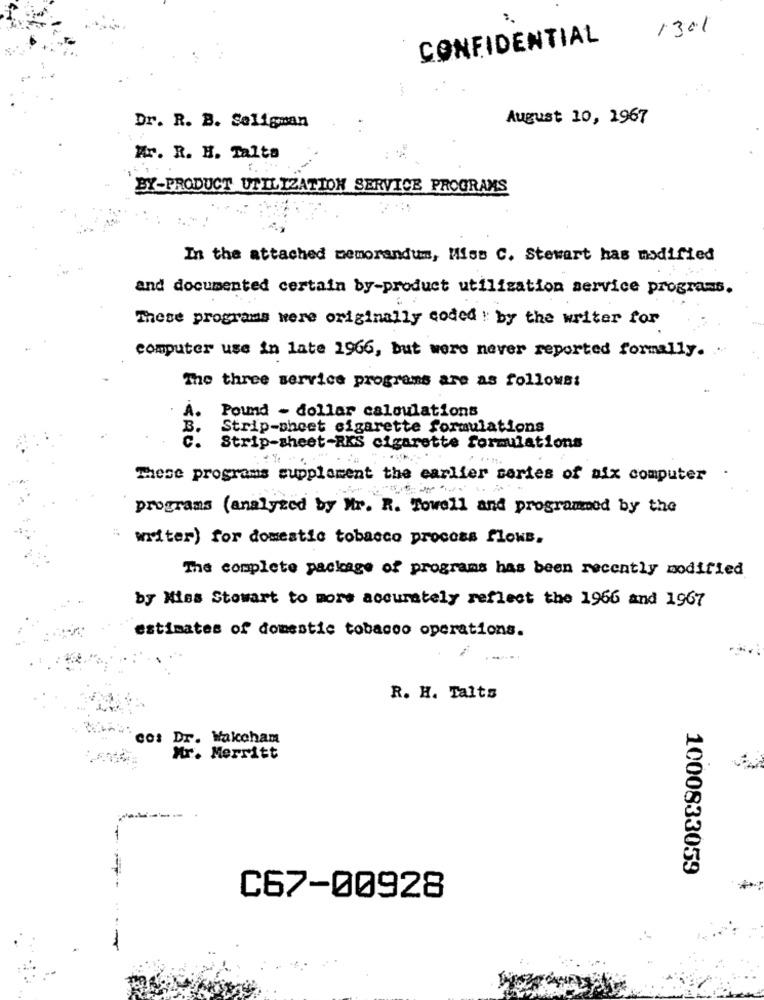
1301
CONFIDENTIAL
August 10, 1967
Dr. R. B. Seligman
Mr. R. H. Talta
BY-PRODUCT UTILIZATION SERVICE PROGRAMS
In the attached memorandum, Miss C. Stewart has modified
and documented certain by-product utilisation service programs.
These programs were originally coded by the writer for
computer use in late 1966, but were never reported formally.
The three service programs are as follows:
A.
Pound - dollar calculations
Strip-sheet cigarette formulations
Strip-sheet-RKS cigarette formulations
.
These programs supplement the earlier series of aix computer
programs (analyzed by Mr. R. Towell and programmed by the
writer) for domestic tobacco process flows.
The complete package of programs has been recently modified
by Miss Stowart to more accurately reflect the 1966 and 1967
estimates of domestic tobacco operations.
R. H. Talts
Co: Dr. Wakcham
Mr. Merritt
1000833059
C67-00928